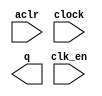
module lpm_counter_14bit (
	aclr,
	clk_en,
	clock,
	q);

	input	  aclr;
	input	  clk_en;
	input	  clock;
	output	[13:0]  q;

endmodule